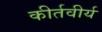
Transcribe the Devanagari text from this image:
कीर्तवीर्य